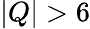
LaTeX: \left|Q\right|>6